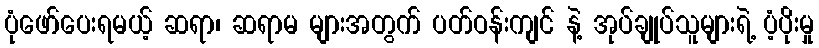
ပုံဖော်ပေးရမယ့် ဆရာ၊ ဆရာမ များအတွက် ပတ်ဝန်းကျင် နဲ့ အုပ်ချုပ်သူများရဲ့ ပံ့ပိုးမှု